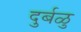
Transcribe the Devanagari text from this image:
दुर्बळु